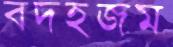
বদহজম